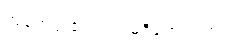
အခက်အခဲလည်း မရှိတော့ပါဘူး။